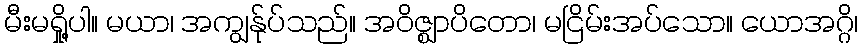
မီးမရှို့ပါ။ မယာ၊ အကျွန်ုပ်သည်။ အဝိဇ္ဈာပိတော၊ မငြိမ်းအပ်သော။ ယောအဂ္ဂိ၊